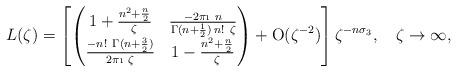
LaTeX: \begin{align*}L(\zeta)=\left[\begin{pmatrix}1+\frac{n^2+\frac{n}{2}}{\zeta} & \frac{-2\pi\i\ n}{\Gamma(n+\frac12)\, n!\ \zeta}\\\frac{-n!\ \Gamma(n+\frac32)}{2\pi\i\ \zeta} &1-\frac{n^2+\frac{n}{2}}{\zeta}\end{pmatrix}+\mathrm{O}(\zeta^{-2})\right]\zeta^{-n\sigma_3},\quad\zeta\to\infty,\end{align*}